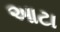
આટા